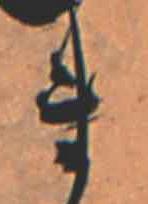
ま